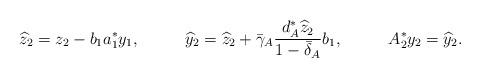
LaTeX: \begin{align*} \widehat z_2 &= z_2 - b_1 a_1^* y_1, & \widehat y_2 &= \widehat z_2 + \bar\gamma_A \frac{d_A^* \widehat z_2}{1-\bar\delta_A} b_1, & A_2^* y_2 &= \widehat y_2.\end{align*}